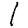
Digit: 1